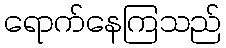
ရောက်နေကြသည်